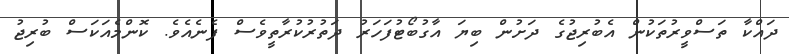
ދައްކާ ތަސްވީރުތަކުން އެބުރިޖުގެ ދަށުން ބިޔަ އާގުބޯޓުފަހަރު ދަތުރުކުރާތީވެސް ފެނެއެވެ. ކޮންމެއަކަސް ބުރިޖު